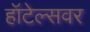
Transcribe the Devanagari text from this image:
हॉटेल्सवर